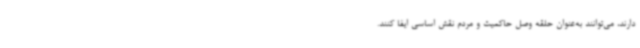
دارند، می‌توانند به‌عنوان حلقه وصل حاکمیت و مردم نقش اساسی ایفا کنند.